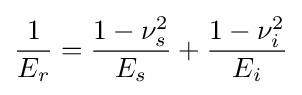
{\frac {1}{E_{r}}}={\frac {1-\nu _{s}^{2}}{E_{s}}}+{\frac {1-\nu _{i}^{2}}{E_{i}}}